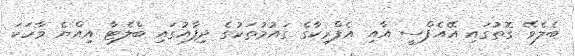
ބެލެވޭ ގޮތުގައި އޭއެފްސީ އާއި އެފްރިކާގެ ގައުމުތަކުގެ ދިފާއުގައި ބްލެޓާ އިއްޔެ ވާހަކަ